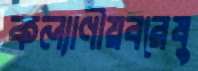
কল্যাণীয়বরেষু